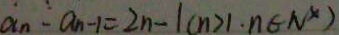
a _ { n } - a _ { n - 1 } = 2 n - 1 ( n > 1 \cdot n \in N ^ { x } )